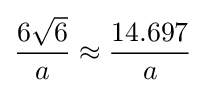
{\frac {6{\sqrt {6}}}{a}}\approx {\frac {14.697}{a}}